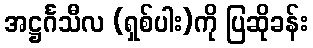
အဋ္ဌင်္ဂသီလ (ရှစ်ပါး)ကို ပြဆိုခန်း